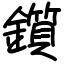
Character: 鑕